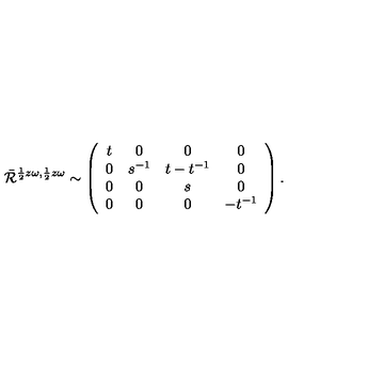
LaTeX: \bar { \cal R } ^ { \frac { 1 } { 2 } z \omega , \frac { 1 } { 2 } z \omega } \sim \left( \begin{array} { c c c c } { t } & { 0 } & { 0 } & { 0 } \\ { 0 } & { s ^ { - 1 } } & { t - t ^ { - 1 } } & { 0 } \\ { 0 } & { 0 } & { s } & { 0 } \\ { 0 } & { 0 } & { 0 } & { - t ^ { - 1 } } \\ \end{array} \right) .